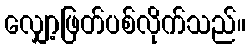
လျှော့ဖြတ်ပစ်လိုက်သည်။